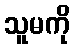
သူမကို